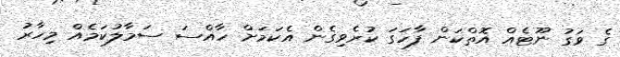
ގެ ވަގު ނޫޓެއް އޮތްކަން ފާހަގަ ކުރެވިގެން އެކަމަށް ހާއްސަ ސަމާލުކަމެއް މިހާރު